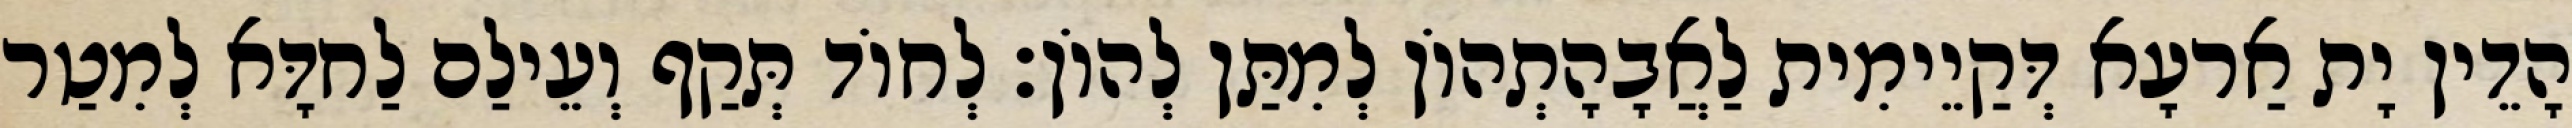
הָדֵין יָת אַרעָא דְּקַיֵימִית לַאֲבָהָתְהוֹן לְמִתַּן לְהוֹן׃ לְחוֹד תְּקַף וְעֵילַם לַחדָּא לְמִטַר